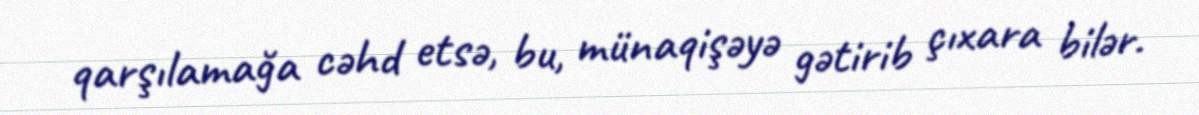
qarşılamağa cəhd etsə, bu, münaqişəyə gətirib çıxara bilər.